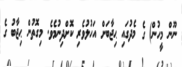
ނޫން މީހުން) ގެ މެދުގައި ޙިޖާބަށް އަހުލުވެރި ކޮށްދިނުމެވެ. މިގޮތުން ޙިޖާބު ގެ